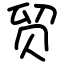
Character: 贸